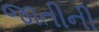
જાતીની